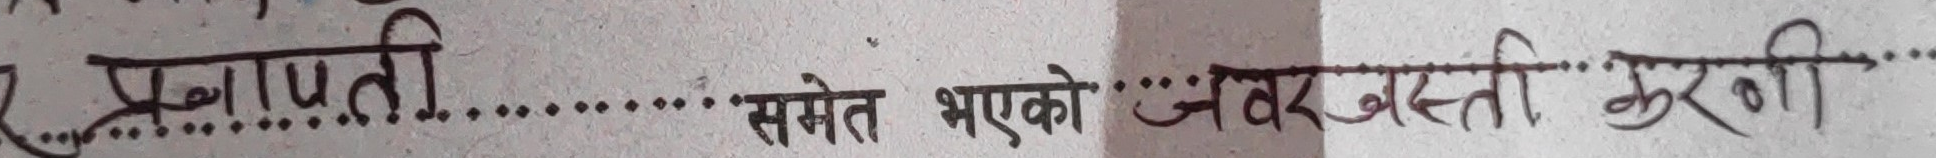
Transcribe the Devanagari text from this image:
प्रजापती.........समेत भएको जबरजस्ती गरणी.........